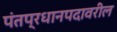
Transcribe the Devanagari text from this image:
पंतप्रधानपदावरील